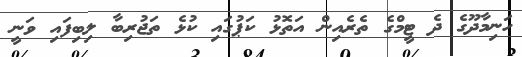
ހަނިމާދޫގެ ދެ ޓީމްގެ ތެރެއިން އަތޮޅު ކަޕުގައި ކުޅެ ތަޖުރިބާ ލިބިފައި ވަނީ